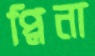
প্লিনা